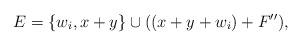
LaTeX: \begin{align*}E = \{ w_i, x+y\} \cup ((x+y+w_i) + F''), \end{align*}